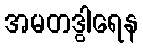
အမတဒွါရေန